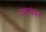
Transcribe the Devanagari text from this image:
ज्वरांवर